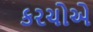
કરચોએ